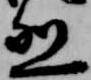
烈